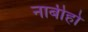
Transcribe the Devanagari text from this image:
नाबीहो